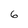
Character: 6